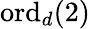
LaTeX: \mathrm{ord}_{d}(2)